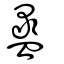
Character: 盝